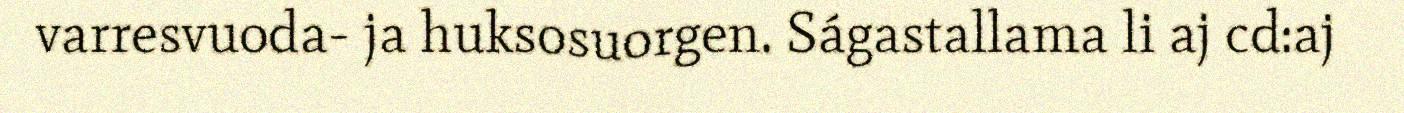
varresvuoda- ja huksosuorgen. Ságastallama li aj cd:aj